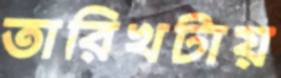
তারিখটায়